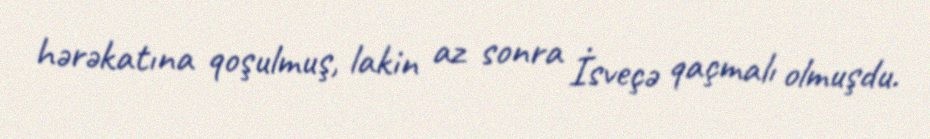
hərəkatına qoşulmuş, lakin az sonra İsveçə qaçmalı olmuşdu.